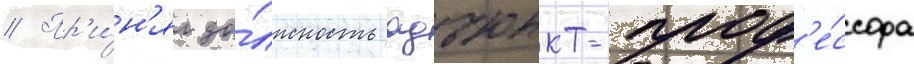
// Пр'и́н'ял до́лжность адъюнкт-проф'е́ссора